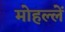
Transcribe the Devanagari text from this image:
मोहल्लें